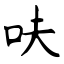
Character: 呋